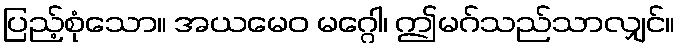
ပြည့်စုံသော။ အယမေဝ မဂ္ဂေါ၊ ဤမဂ်သည်သာလျှင်။